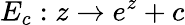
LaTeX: E_{c}:z\to e^{z}+c